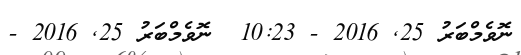
ނޮވެމްބަރު 25